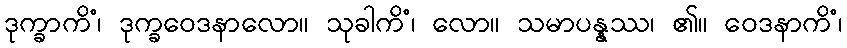
ဒုက္ခာကိံ၊ ဒုက္ခဝေဒနာလော။ သုခါကိံ၊ လော။ သမာပန္နဿ၊ ၏။ ဝေဒနာကိံ၊